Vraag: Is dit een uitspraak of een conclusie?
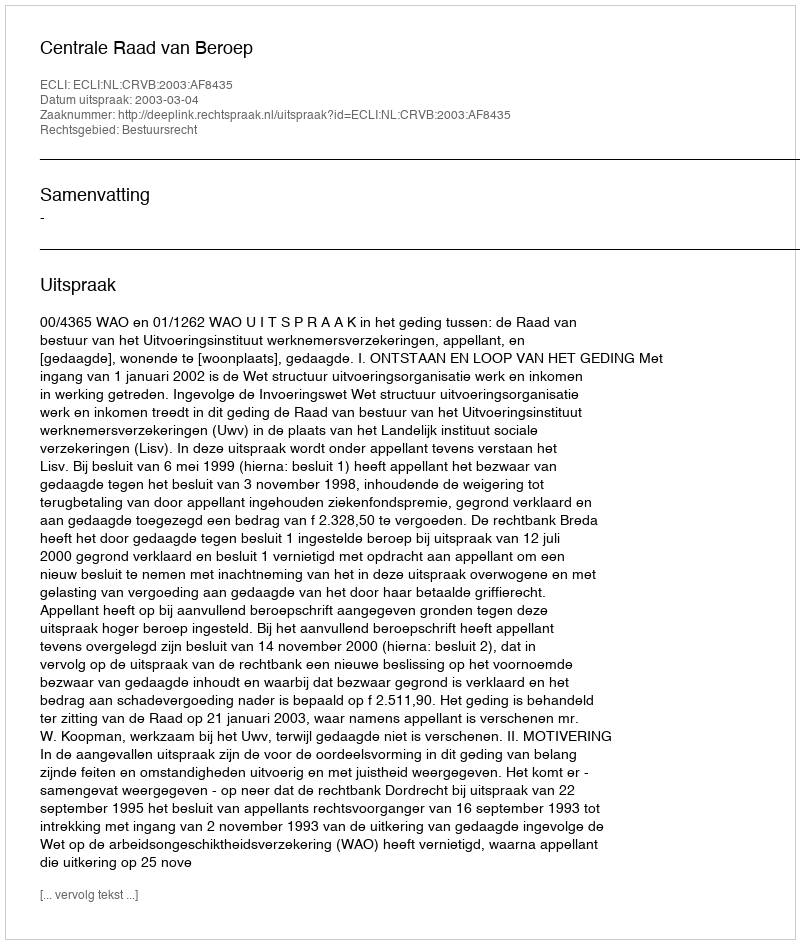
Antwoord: Uitspraak